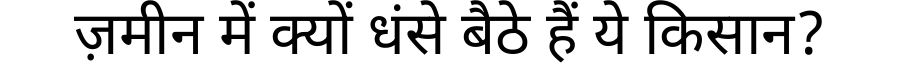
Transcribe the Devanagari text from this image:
ज़मीन में क्यों धंसे बैठे हैं ये किसान?